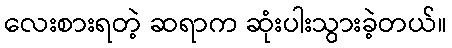
လေးစားရတဲ့ ဆရာက ဆုံးပါးသွားခဲ့တယ်။